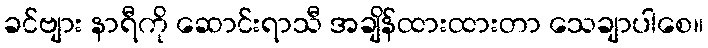
ခင်ဗျား နာရီကို ဆောင်းရာသီ အချိန်ထားထားတာ သေချာပါစေ။